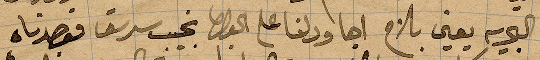
البحرية يعني بلاح اجا ودلنا على الخوري نجيب سرسق قصدناه